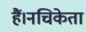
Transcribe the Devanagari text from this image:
हैं।नचिकेता